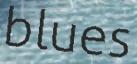
blues